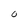
Character: O